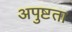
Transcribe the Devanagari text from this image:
अपुष्टता